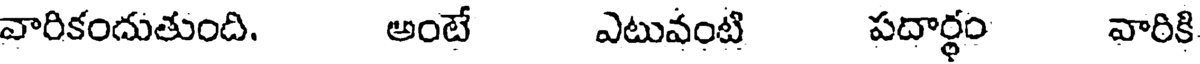
వారికందుతుంది. అంటే ఎటువంటి పదార్థం వారికి